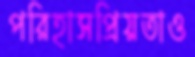
পরিহাসপ্রিয়তাও